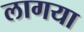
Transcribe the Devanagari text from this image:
लागया